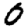
Digit: 0